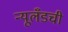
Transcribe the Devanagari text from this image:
न्यूलँडची